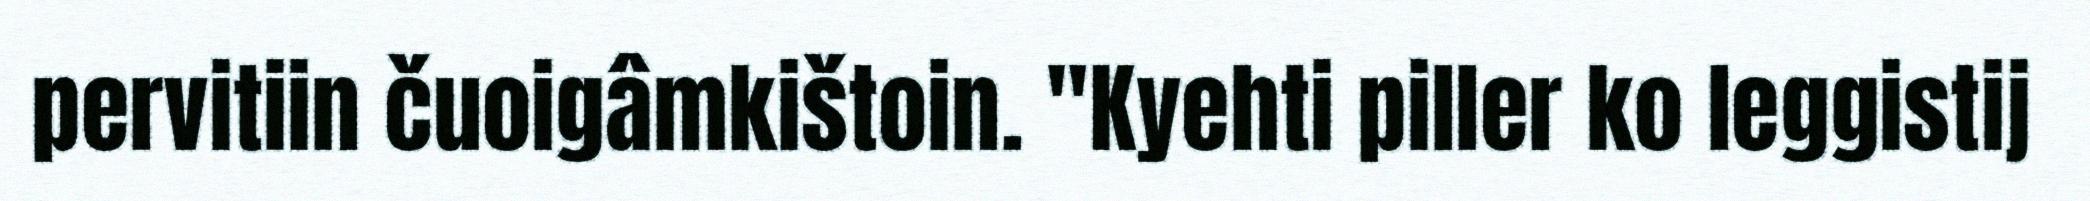
pervitiin čuoigâmkištoin. "Kyehti piller ko leggistij